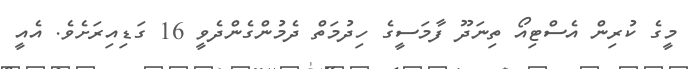
މީގެ ކުރިން އެސްޓިއޯ ތިނަދޫ ފާމަސީގެ ހިދުމަތް ދެމުންގެންދެވީ 16 ގަޑިއިރަށެވެ. އެއީ